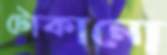
টোকানো